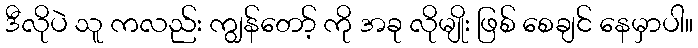
ဒီလိုပဲ သူ ကလည်း ကျွန်တော့် ကို အခု လိုမျိုး ဖြစ် စေချင် နေမှာပါ။